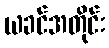
ယခင်အတိုင်း